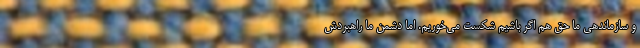
و سازماندهی ما حق هم اگر باشیم شکست می‌خوریم. اما دشمن ما راهبردش